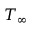
T _ { \infty }